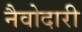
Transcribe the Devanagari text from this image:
नैवोदारी